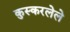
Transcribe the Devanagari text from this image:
कुस्करलेले